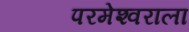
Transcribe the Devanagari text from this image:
परमेश्‍वराला